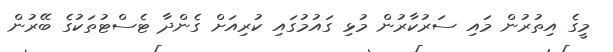
މީގެ އިތުރުން މައި ސަރުކާރުން މުޅި ގައުމުގައި ކުރިއަށް ގެންދާ ޓެސްޓުތަކުގެ ބޭރުން